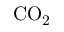
\mathrm { C O _ { 2 } }